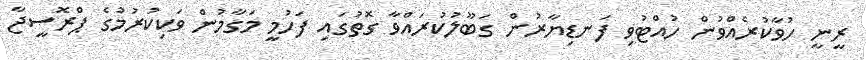
ރީނީ ހުވާކުރެއްވުން ހުއްޓުވި ފަނޑިޔާރުން ގަބޫލުކުރައްވާ ގޮތުގައި ފަހުމީ މަގާމުން ވަކިކުރުމުގެ ޕްރޮސީޖާ